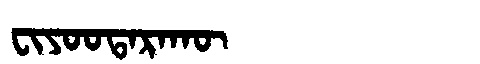
Manchu: ᠸᡳᠶᠣᠣᡨᠠᡵᠠᡴᡡ
Romanization: FIYOOTARAKŪ